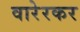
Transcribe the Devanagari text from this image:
वारेरकर